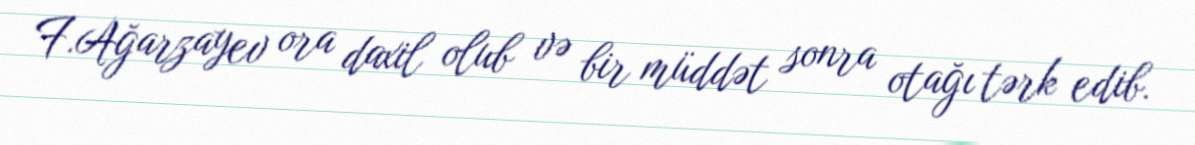
F.Ağarzayev ora daxil olub və bir müddət sonra otağı tərk edib.